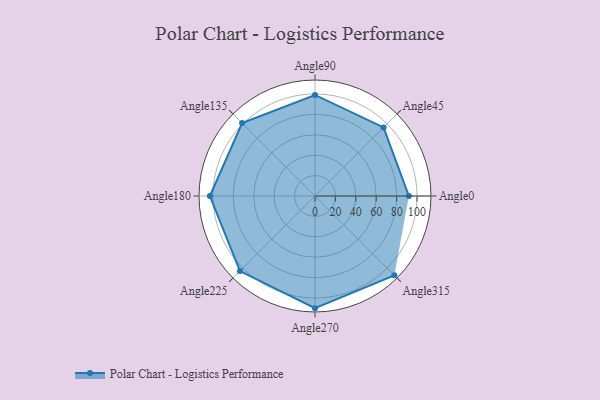
{"axis": {"x": "Angle", "y": "Radius"}, "legend": [""], "data": [{"x": "Angle0", "y": 92.0, "type": ""}, {"x": "Angle45", "y": 95.0, "type": ""}, {"x": "Angle90", "y": 99.0, "type": ""}, {"x": "Angle135", "y": 101.0, "type": ""}, {"x": "Angle180", "y": 103.0, "type": ""}, {"x": "Angle225", "y": 104.0, "type": ""}, {"x": "Angle270", "y": 110.0, "type": ""}, {"x": "Angle315", "y": 110.0, "type": ""}]}